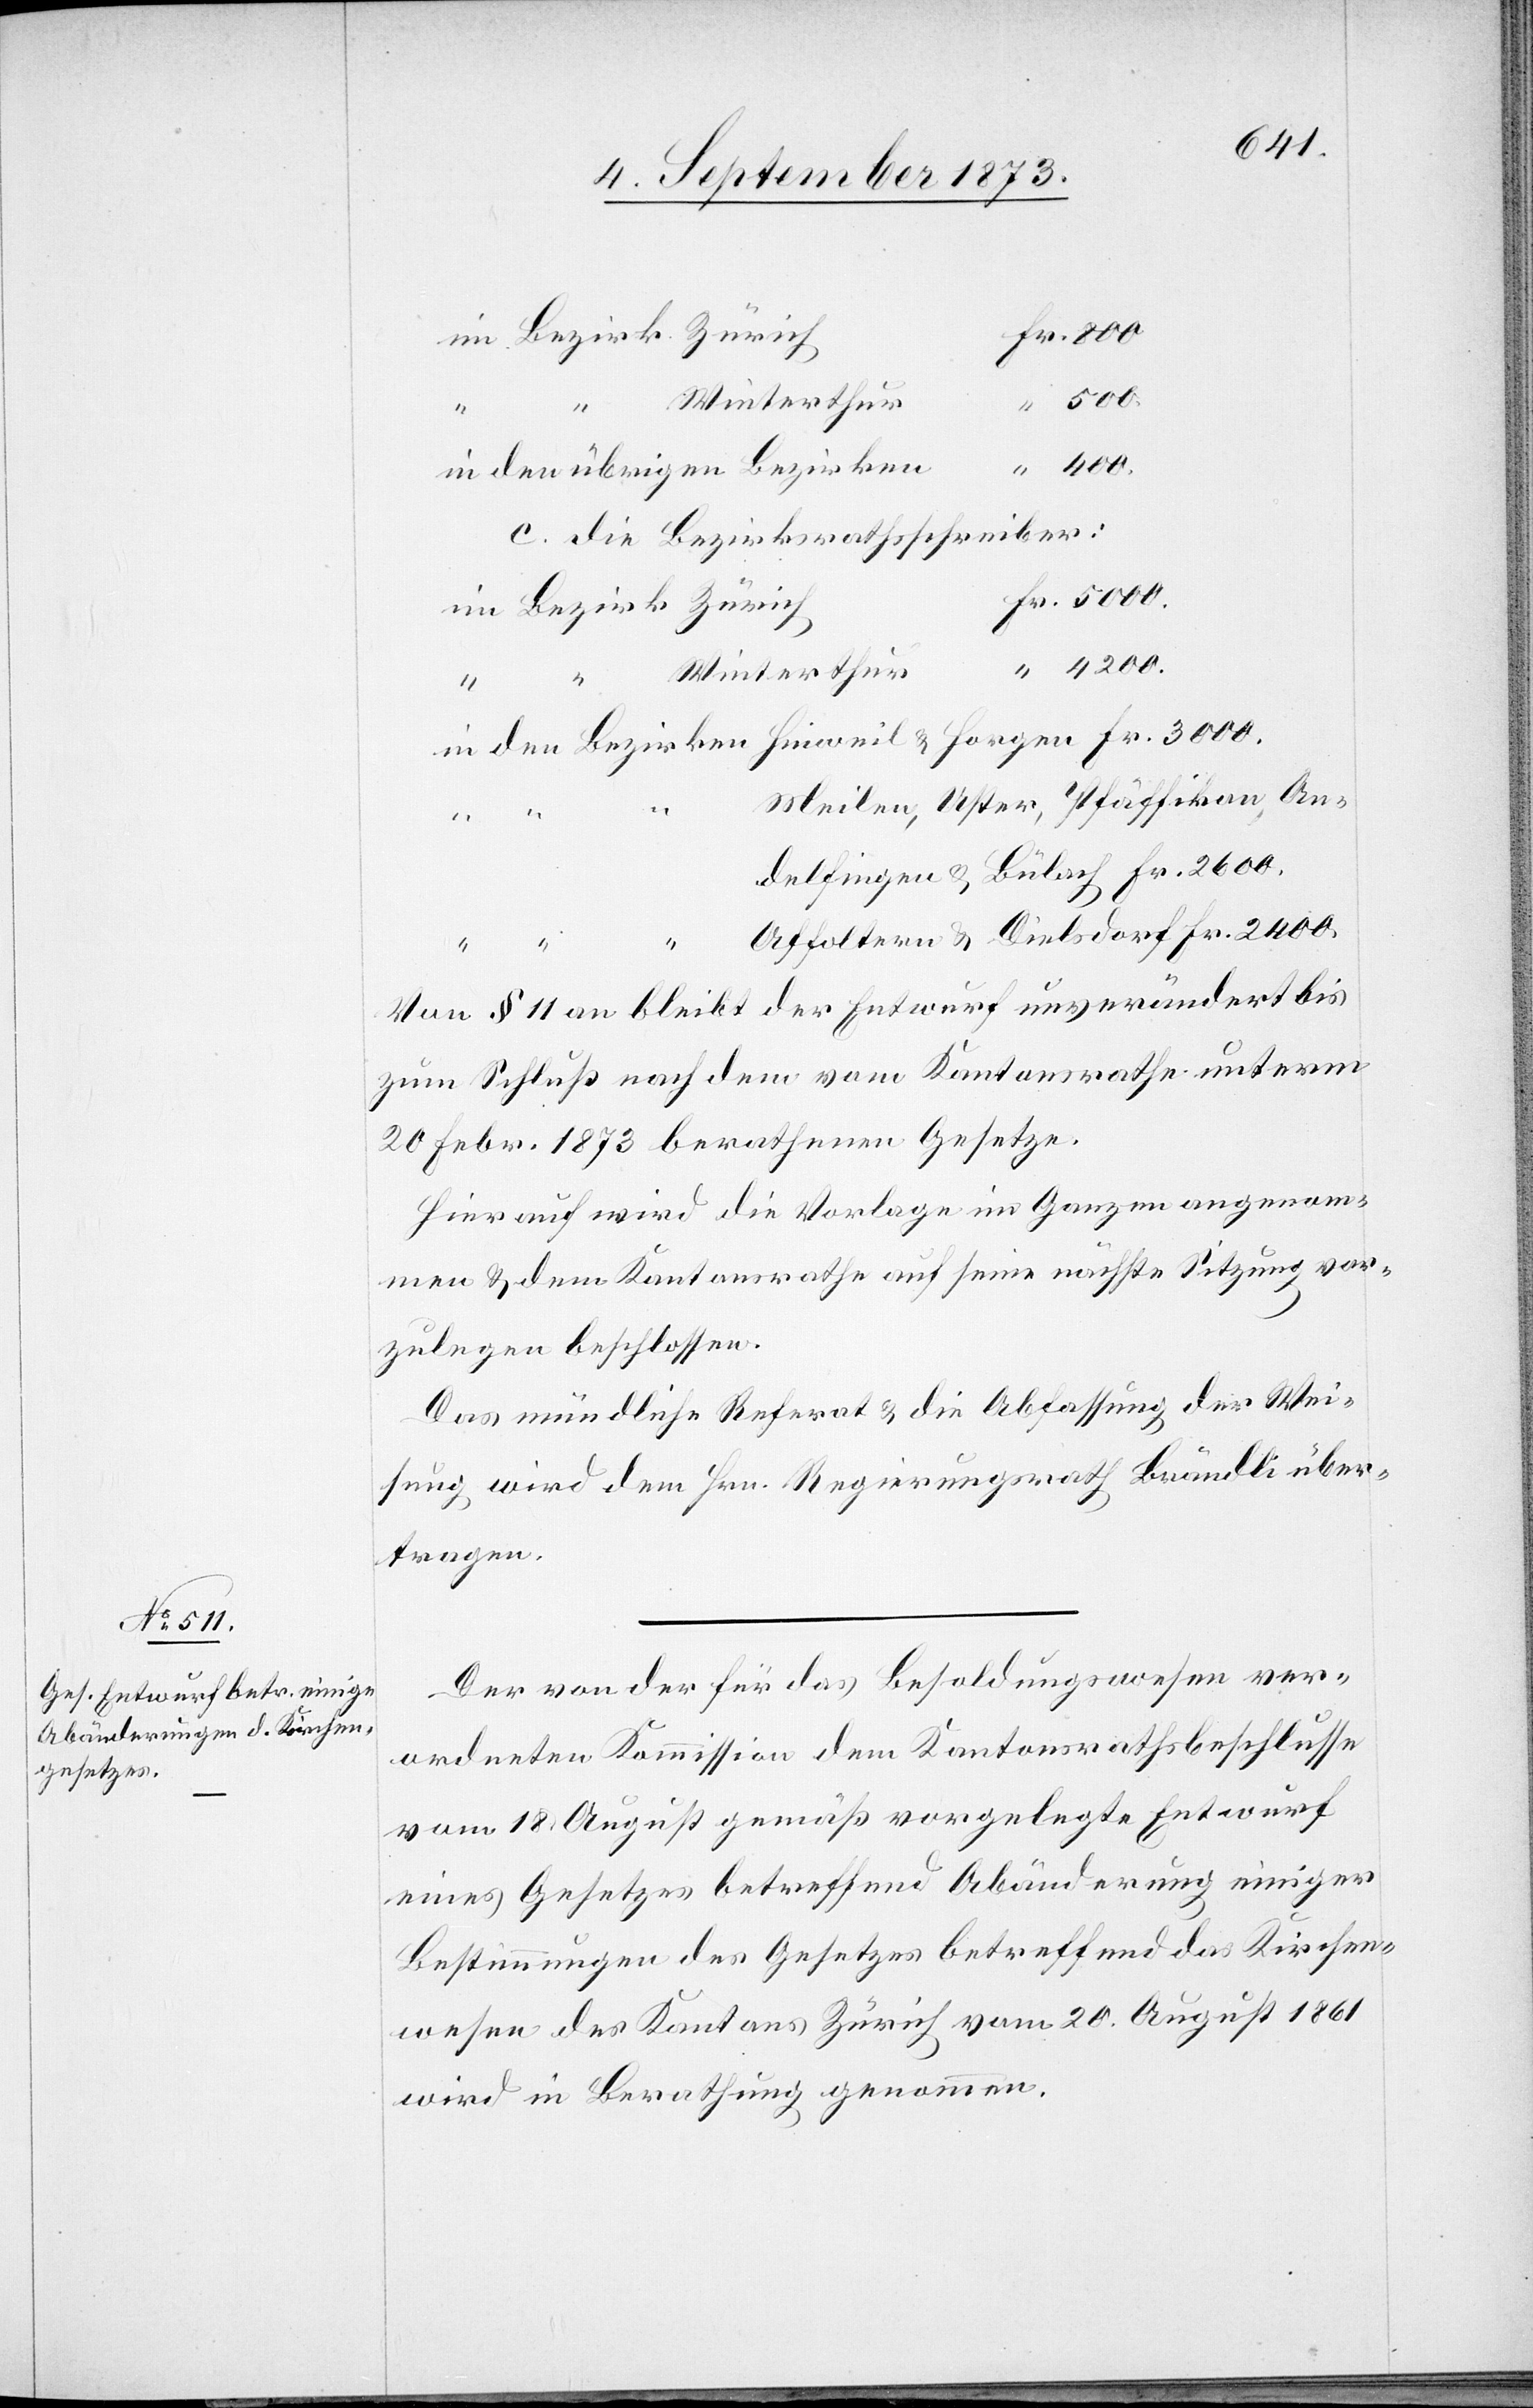
Fr.
400.
in den übrigen Bezirken
c. die Bezirksrathsschreiber:
im Bezirk Zürich
Winterthur
4
Meilen, Uster, Pfäffikon, An¬
“
Diels¬
dorf
Von § 11 an bleibt der Entwurf unverändert bis
zum Schluß nach dem vom Kantonsrathe unterm
20 Febr. 1873 berathenen Gesetze.
Hierauf wird die Vorlage im Ganzen angenom¬
men & dem Kantonsrathe auf seine nächste Sitzung vor¬
zulegen beschlossen.
Das mündliche Referat & die Abfassung der Wei¬
sung wird dem Hrn. Regierungsrath Brändli über¬
tragen.
2
Der von der für das Besoldungswesen ver¬
ordneten Kommission dem Kantonsrathsbeschlusse
vom 18. August gemäß vorgelegte Entwurf
eines Gesetzes betreffend Abänderung einiger
Bestimmungen des Gesetzes betreffend das Kirchen¬
wesen des Kantons Zürich vom 20. August 1861
wird in Berathung genommen.